Vaccine operations Central Provinces & Berar 1922-1929 - 1922-1929
Year: 1922
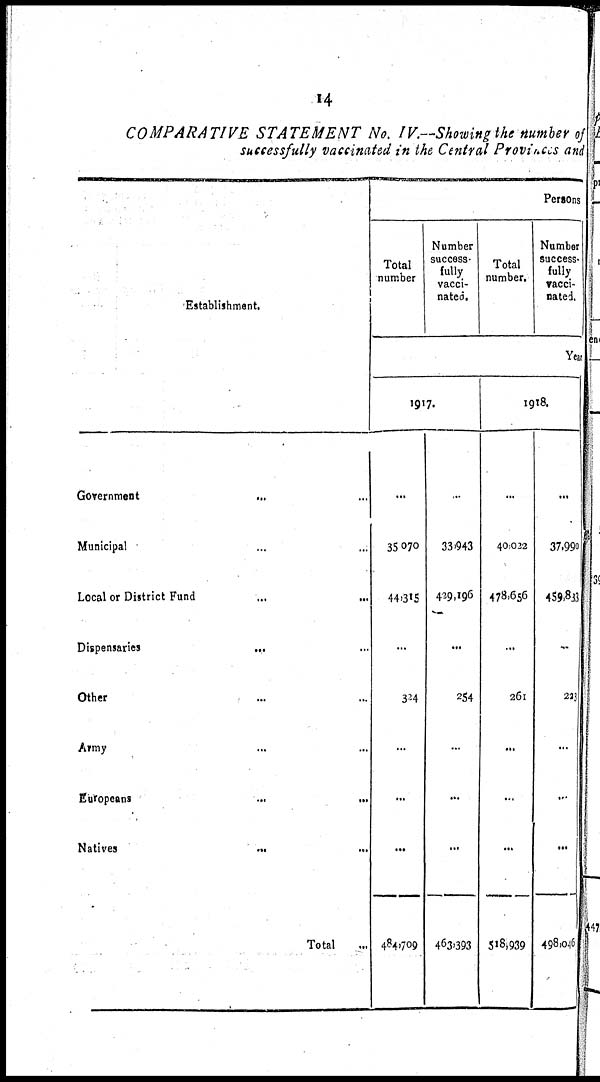
14
COMPARATIVE STATEMENT No. IV.—Showing the number of
successfully vaccinated in the Central Provinces and
Establishment.
Government
... ...
Municipal ... ...
Local or District Fund
...
...
Dispensaries
... ...
Other ... ...
Army ... ...
Europeans
...
...
Natives
...
...
Total ...
Persons
Total
number
Number
success-
fully
vacci-
nated.
Total
number.
Number
success¬
fully
vacci-
nated.
Year
1917.
...
35,070
44,385
...
324
...
...
...
484,709
...
33,943
429,196
...
254
...
...
...
463,393
1918.
...
40,022
478,656
...
261
...
...
...
518,939
...
37,990
459,833
...
223
...
...
...
498,046